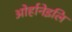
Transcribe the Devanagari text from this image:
ओर्हानेइलि